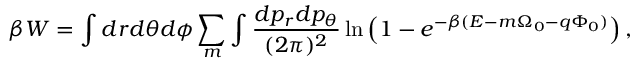
\beta W = \int d r d \theta d \phi \sum _ { m } \int \frac { d p _ { r } d p _ { \theta } } { ( 2 \pi ) ^ { 2 } } \ln \left( 1 - e ^ { - \beta ( { \cal E } - m \Omega _ { 0 } - q \Phi _ { 0 } ) } \right) ,